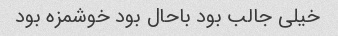
خیلی جالب بود باحال بود خوشمزه بود